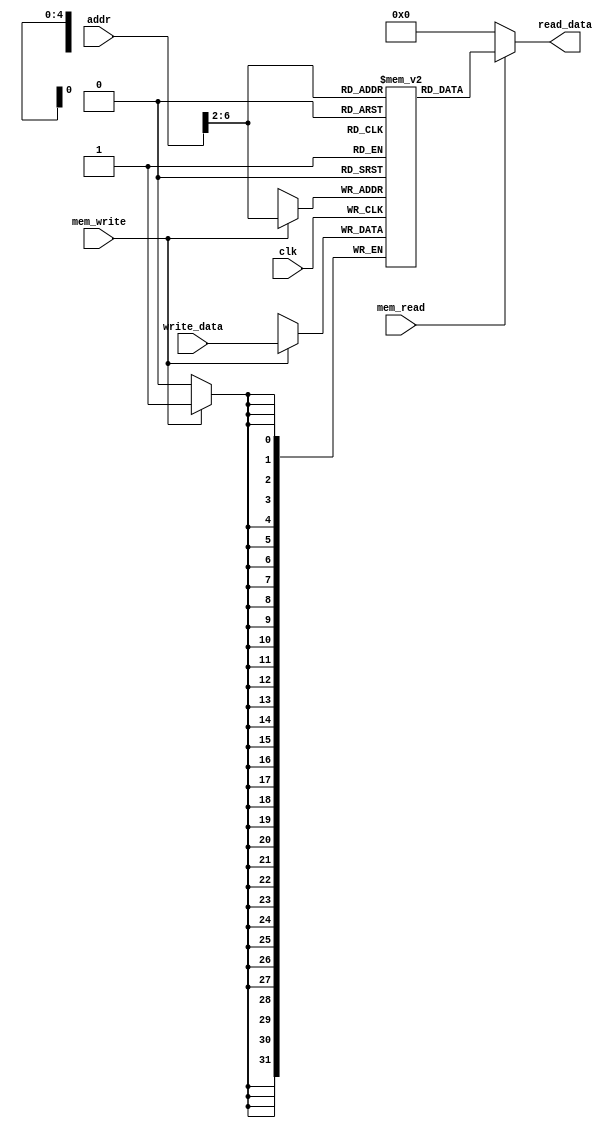
module DataMemory(
    input clk, // sinal de clock
    input mem_read, // sinal de leitura de memria
    input mem_write, // sinal de escrita de memria
    input [31:0] addr, // endereo de memria
    input [31:0] write_data, // dado a ser escrito na memria
    output reg [31:0] read_data // dado lido da memria
);

    reg [31:0] memory [0:31]; // memria para dados

    initial begin
        // Inicialize a memria com os dados do .data do seu cdigo assembly
        memory[0] = 32'h00000001; // msc1
        memory[1] = 32'h00000002; // msc2
        memory[2] = 32'h00000003; // msc3
        memory[3] = 32'h00000004; // msc4
        memory[4] = 32'h00000005; // msc5
        memory[5] = 32'h00000006; // msc6
        memory[6] = 32'h00000007; // msc7
        memory[7] = 32'h00000008; // msc8
    end

    always @(posedge clk) begin
        if (mem_write) begin
            memory[addr >> 2] <= write_data; // escrever na memria
            $display("Escrevendo na memria: Endereo = %h, Valor = %h", addr, write_data);
        end
    end

    always @(*) begin
        if (mem_read) begin
            read_data = memory[addr >> 2]; // ler da memria
        end else begin
            read_data = 32'b0; // valor padro
        end
    end

endmodule